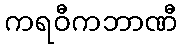
ကရဝီကဘာဏီ